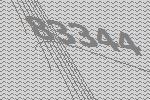
83344